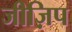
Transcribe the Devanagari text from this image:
जीज़िप